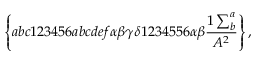
\left\{ a b c 1 2 3 4 5 6 a b c d e f \alpha \beta \gamma \delta 1 2 3 4 5 5 6 \alpha \beta \frac { 1 \sum _ { b } ^ { a } } { A ^ { 2 } } \right\} ,